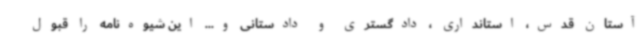
آستان قدس، استانداری ، دادگستری و دادستانی و... این شیوه‌نامه را قبول